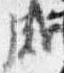
成